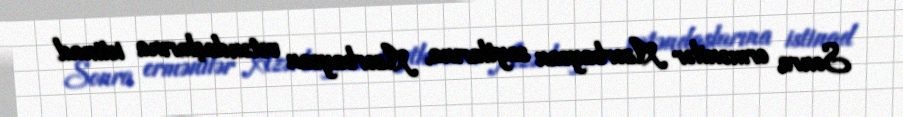
Sonra ermənilər Azərbaycan saytlarına, Azərbaycan vətəndaşlarına istinad